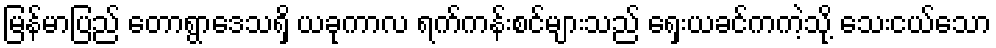
မြန်မာပြည် တောရွာဒေသရှိ ယခုကာလ ရက်ကန်းစင်များသည် ရှေးယခင်ကကဲ့သို့ သေးငယ်သော